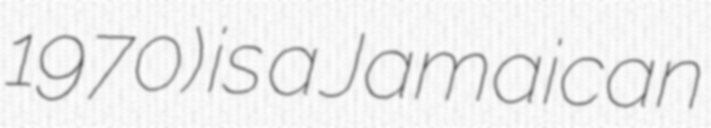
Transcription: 1970) is a Jamaican